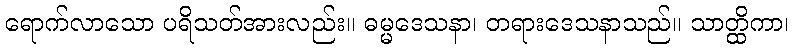
ရောက်လာသော ပရိသတ်အားလည်း။ ဓမ္မဒေသနာ၊ တရားဒေသနာသည်။ သာတ္ထိကာ၊